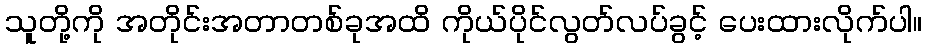
သူတို့ကို အတိုင်းအတာတစ်ခုအထိ ကိုယ်ပိုင်လွတ်လပ်ခွင့် ပေးထားလိုက်ပါ။